Annual administration report of the Bombay Presidency - 1887-1892
Year: 1887
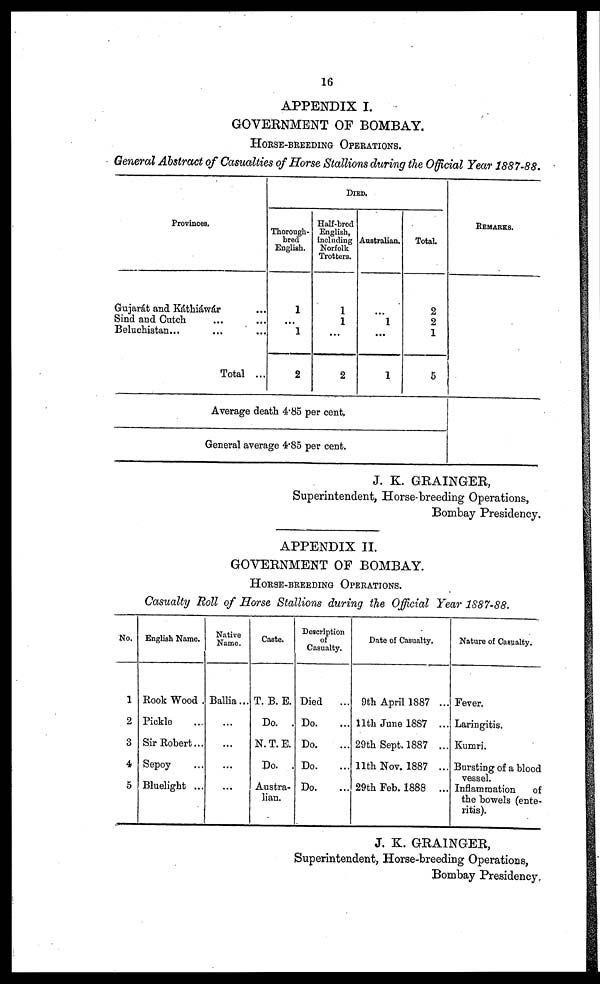
16
APPENDIX I.
GOVERNMENT OF BOMBAY.
HORSE-BREEDING OPERATIONS.
General Abstract of Casualties of Horse Stallions during the Official Year 1887-88.
Provinces.
Gujarát and Káthiáwár ...
Sind and Cutch ... ...
Beluchistan... ... ...
Total ...
DIED.
Thorough-
bred
English.
1
...
1
2
Half-bred
English,
including
Norfolk
Trotters.
1
1
...
2
Average death 4.85 per cent.
General average 4.85 per cent.
Australian.
...
1
...
1
Total.
2
2
1
5
REMARKS.
J. K. GRAINGER ,
Superintendent, Horse-breeding Operations,
Bombay Presidency.
APPENDIX II.
GOVERNMENT OF BOMBAY.
HORSE-BREEDING OPERATIONS.
Casualty Roll of Horse Stallions during the Official Year 1887-88.
No.
1
2
3
4
5
English Name.
Rook Wood .
Pickle ...
Sir Robert ...
Sepoy ...
Bluelight ...
Native
Name.
Ballia...
...
...
...
...
Caste.
T. B. E.
Do. .
N. T. E.
Do. .
Austra-
lian.
Description
of
Casualty.
Died
Do. ...
Do. ...
Do. ...
Do. ...
Date of Casualty.
9th April 1887 ...
11th June 1887 ...
29th Sept. 1887 ...
11th Nov. 1887 ...
29th Feb. 1888 ...
Nature of Casualty.
Fever.
Laringitis.
Kumri.
Bursting of a blood
vessel.
Inflammation
of
the bowels (ente-
ritis).
J. K. GRAINGER,
Superintendent, Horse-breeding Operations,
Bombay Presidency.